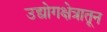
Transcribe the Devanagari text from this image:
उद्योगक्षेत्रातून